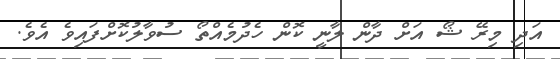
އަދި މިރޭ ޝޯ އަށް ދާން ލާނީ ކޮން ހެދުމެއްތޯ ސުވާލުކޮށްފައިވެ އެވެ.